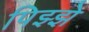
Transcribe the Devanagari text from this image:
पिझ्झे